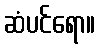
ဆံပင်ရော။